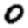
Digit: 0